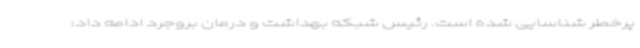
پرخطر شناسایی شده است. رئیس شبکه بهداشت و درمان بروجرد ادامه داد: